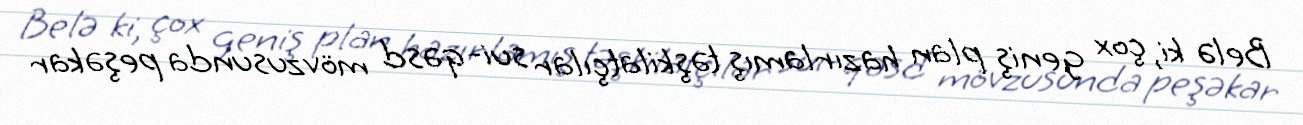
Belə ki, çox geniş plan hazırlamış təşkilatçılar sui-qəsd mövzusunda peşəkar